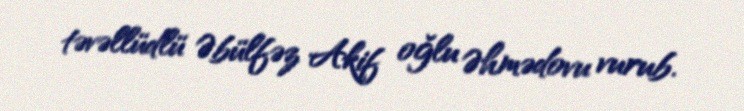
təvəllüdlü Əbülfəz Akif oğlu Əhmədovu vurub.